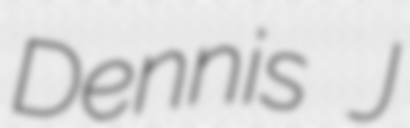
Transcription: Dennis J